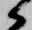
候